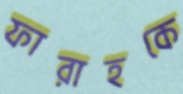
ফারাহকে